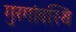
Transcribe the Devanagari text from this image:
गुरगांवस्थि